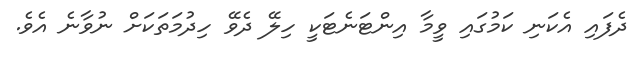
ދެފައި އެކަނި ކަމުގައި ވީމާ އިންޓަނެޓަކީ ހިލޭ ދެވޭ ހިދުމަތަކަށް ނުވާނެ އެވެ.